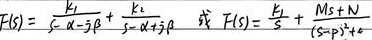
\(F(s)=\frac{k_1}{s - \alpha}+\frac{k_2}{s - \alpha + j\beta}+\frac{k_2^*}{s - \alpha - j\beta}\) 或 \(F(s)=\frac{k_1}{s - s_1}+\frac{(Ms + N)}{(s - s_1)^2+\omega^2}\)